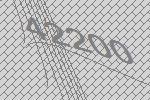
42200